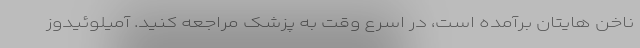
ناخن هایتان برآمده است، در اسرع وقت به پزشک مراجعه کنید. آمیلوئیدوز